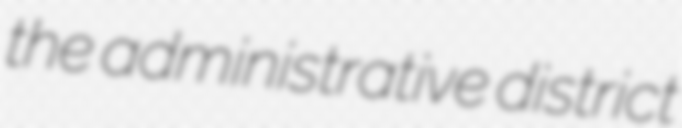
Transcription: the administrative district